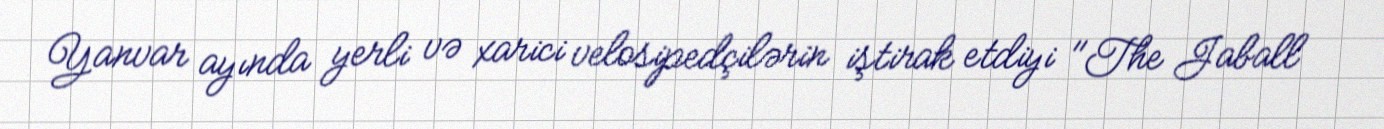
Yanvar ayında yerli və xarici velosipedçilərin iştirak etdiyi "The Jaball